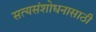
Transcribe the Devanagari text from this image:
सत्यसंशोधनासाठी